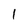
Character: 1